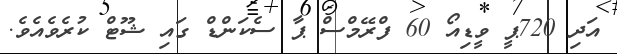
އަދި 720ޕީ ވީޑިއޯ 60 ފްރޭމްސް ޕާ ސެކަންޑް ގައި ޝޫޓް ކުރެވެއެވެ.